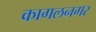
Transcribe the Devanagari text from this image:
कागलनगर